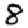
Digit: 8